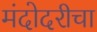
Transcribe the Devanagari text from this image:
मंदोदरीचा